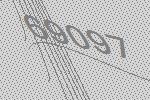
69097